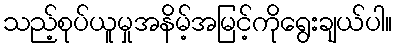
သည့်စုပ်ယူမှုအနိမ့်အမြင့်ကိုရွေးချယ်ပါ။